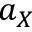
a _ { X }